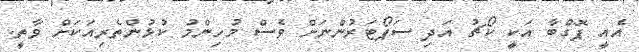
އެއީ ޕޮގްބާ އަކީ ކޯޗު އަދި ސަޕޯޓަރުންނަށް ވެސް މުހިންމު ކުޅުންތެރިއަކަށް ވާތީ.